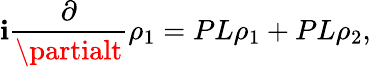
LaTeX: \mathbf{i}{\frac{{\partial}}{{\partialt}}}\rho_{1}=PL\rho_{1}+PL\rho_{2},